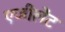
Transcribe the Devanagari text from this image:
एजीलेंट